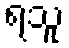
ရသူ